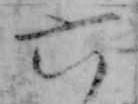
六